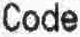
CODE